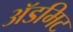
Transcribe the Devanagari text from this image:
ॲडमिट